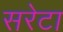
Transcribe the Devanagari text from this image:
सरेटा